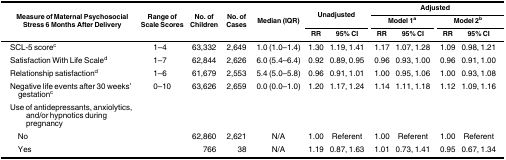
| <ROWSPAN=3> Measure of Maternal Psychosocial Stress 6 Months After Delivery | <ROWSPAN=3> Range of Scale Scores | <ROWSPAN=3> No. of Children | <ROWSPAN=3> No. of Cases | <ROWSPAN=3> Median (IQR) | <ROWSPAN=2-COLSPAN=2> Unadjusted | <COLSPAN=4> Adjusted |
 | <COLSPAN=2> Model 1a | <COLSPAN=2> Model 2b |
 | RR | 95% CI | RR | 95% CI | RR | 95% CI |
 | --- | --- | --- | --- | --- | --- | --- | --- | --- | --- | --- |
 | SCL-5 scorec | 1–4 | 63,332 | 2,649 | 1.0 (1.0–1.4) | 1.30 | 1.19, 1.41 | 1.17 | 1.07, 1.28 | 1.09 | 0.98, 1.21 |
 | Satisfaction With Life Scaled | 1–7 | 62,844 | 2,626 | 6.0 (5.4–6.4) | 0.92 | 0.89, 0.95 | 0.96 | 0.93, 1.00 | 0.96 | 0.91, 1.00 |
 | Relationship satisfactiond | 1–6 | 61,679 | 2,553 | 5.4 (5.0–5.8) | 0.96 | 0.91, 1.01 | 1.00 | 0.95, 1.06 | 1.00 | 0.93, 1.08 |
 | Negative life events after 30 weeks’ gestationc | 0–10 | 63,626 | 2,659 | 0.0 (0.0–1.0) | 1.20 | 1.17, 1.24 | 1.14 | 1.11, 1.18 | 1.12 | 1.09, 1.16 |
 | Use of antidepressants, anxiolytics, and/or hypnotics during pregnancy | <COLSPAN=10>  |
 | No |  | 62,860 | 2,621 | N/A | 1.00 | Referent | 1.00 | Referent | 1.00 | Referent |
 | Yes |  | 766 | 38 | N/A | 1.19 | 0.87, 1.63 | 1.01 | 0.73, 1.41 | 0.95 | 0.67, 1.34 |